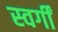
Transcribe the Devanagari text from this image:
स्वर्गीं